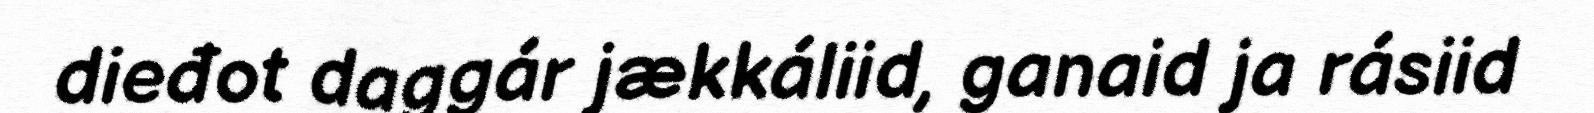
dieđot daggár jækkáliid, ganaid ja rásiid